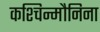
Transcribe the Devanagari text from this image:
कश्चिन्मौनिना